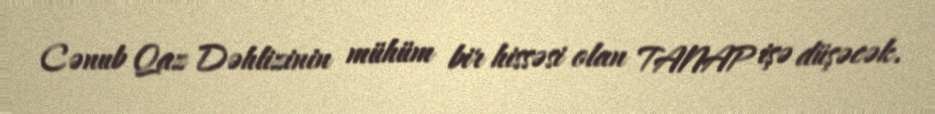
Cənub Qaz Dəhlizinin mühüm bir hissəsi olan TANAP işə düşəcək.